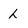
Character: L